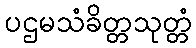
ပဌမသံခိတ္တသုတ္တံ